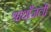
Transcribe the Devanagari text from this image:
श्राधाँजली